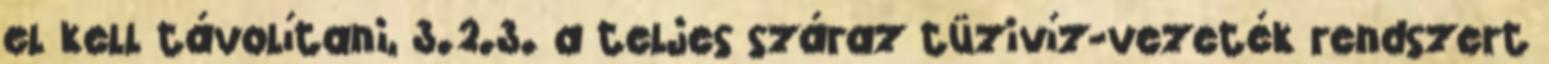
el kell távolítani, 3.2.3. a teljes száraz tüzivíz-vezeték rendszert